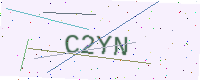
Text: C2YN